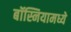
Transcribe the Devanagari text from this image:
बॉस्नियामध्ये